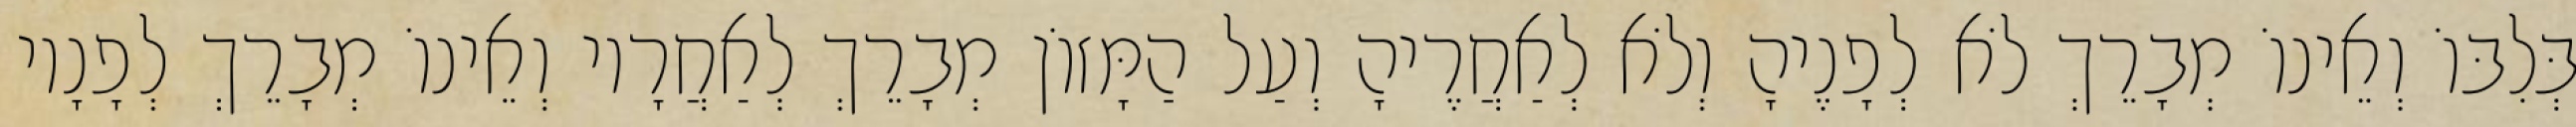
בְּלִבּוֹ וְאֵינוֹ מְבָרֵךְ לֹא לְפָנֶיהָ וְלֹא לְאַחֲרֶיהָ וְעַל הַמָּזוֹן מְבָרֵךְ לְאַחֲרָיו וְאֵינוֹ מְבָרֵךְ לְפָנָיו